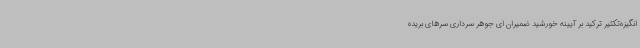
انگیزه‌تکثیر ترکید بر آیینه خورشید ضمیران ای جوهر سرداری سرهای بریده